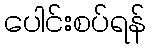
ပေါင်းစပ်ရန်